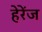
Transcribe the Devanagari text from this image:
हेरेंज